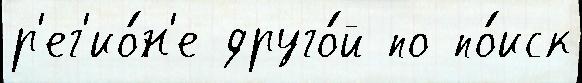
р'ег'ио́н'е друго́й по по́иск